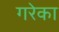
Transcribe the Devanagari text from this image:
गरेका